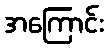
အကြောင်း